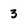
Character: 3